Report of the Indian Hemp Drugs Commission, 1894-1895 - Volume IV
Year: 1894
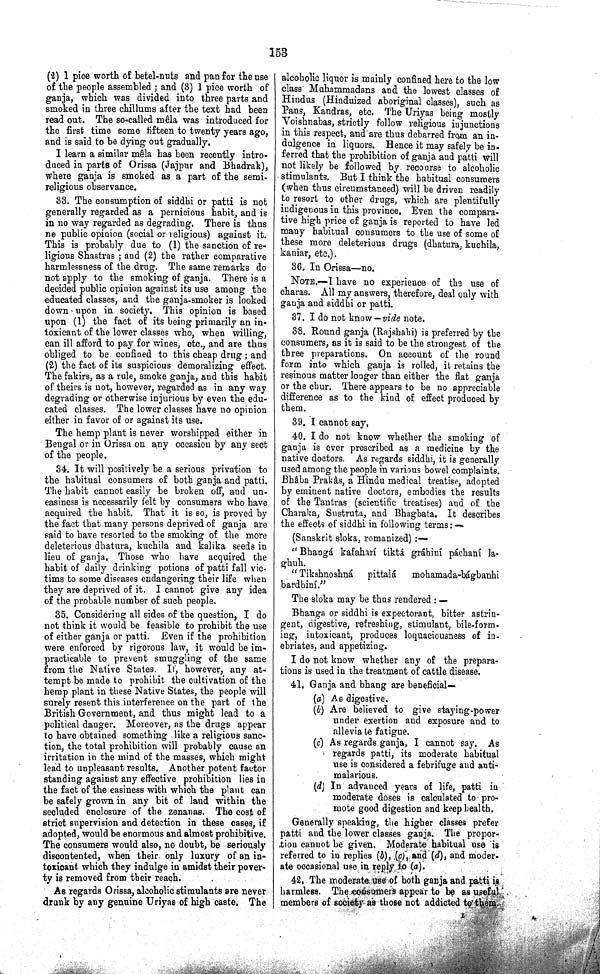
153
(2) 1 pice worth of betel-nuts and pan for the use
of the people assembled; and (3) 1 pice worth of
ganja, which was divided into three parts and
smoked in three chillums after the text had been
read out. The so-called mêla was introduced for
the first time some fifteen to twenty years ago,
and is said to be dying out gradually.
I learn a similar mêla has been recently intro¬
duced in parts of Orissa (Jajpur and Bhadrak),
where ganja is smoked as a part of the semi-
religious observance.
33. The consumption of siddhi or patti is not
generally regarded as a pernicious habit, and is
in no way regarded as degrading. There is thus
no public opinion (social or religious) against it.
This is probably due to (1) the sanction of re¬
ligious Shastras; and (2) the rather comparative
harmlessness of the drug. The same remarks do
not apply to the smoking of ganja. There is a
decided public opinion against its use among the
educated classes, and the ganja-smoker is looked
down upon in society. This opinion is based
upon (1) the fact of its being primarily an in¬
toxicant of the lower classes who, when willing,
can ill afford to pay for wines, etc., and are thus
obliged to be confined to this cheap drug; and
(2) the fact of its suspicious demoralizing effect.
The fakirs, as a rule, smoke ganja, and this habit
of theirs is not, however, regarded as in any way
degrading or otherwise injurious by even the edu¬
cated classes. The lower classes have no opinion
either in favor of or against its use.
The hemp plant is never worshipped either in
Bengal or in Orissa on any occasion by any sect
of the people.
34. It will positively be a serious privation to
the habitual consumers of both ganja and patti.
The habit cannot easily be broken off, and un¬
easiness is necessarily felt by consumers who have
acquired the habit. That it is so, is proved by
the fact that many persons deprived of ganja are
said to have resorted to the smoking of the more
deleterious dhatura, kuchila and kalika seeds in
lieu of ganja. Those who have acquired the
habit of daily drinking potions of patti fall vic¬
tims to some diseases endangering their life when
they are deprived of it. I cannot give any idea
of the probable number of such people.
35. Considering all sides of the question, I do
not think it would be feasible to prohibit the use
of either ganja or patti. Even if the prohibition
were enforced by rigorous law, it would be im¬
practicable to prevent smuggling of the same
from the Native States. It, however, any at¬
tempt be made to prohibit the cultivation of the
hemp plant in these Native States, the people will
surely resent this interference on the part of the
British Government, and thus might lead to a
political danger. Moreover, as the drugs appear
to have obtained something like a religious sanc¬
tion, the total prohibition will probably cause an
irritation in the mind of the masses, which might
lead to unpleasant results. Another potent factor
standing against any effective prohibition lies in
the fact of the easiness with which the plant can
be safely grown in any bit of laud within the
secluded enclosure of the zenanas. The cost of
strict supervision and detection in these cases, if
adopted, would be enormous and almost prohibitive.
The consumers would also, no doubt, be seriously
discontented, when their only luxury of an in¬
toxicant which they indulge in amidst their pover¬
ty is removed from their reach.
As regards Orissa, alcoholic stimulants are never
drunk by any genuine Uriyas of high caste. The
alcoholic liquor is mainly confined here to the low
class Muhammadans and the lowest classes of
Hindus (Hinduized aboriginal classes), such as
Pans, Kandras, etc. The Uriyas being mostly
Voishnabas, strictly follow religious injunctions
in this respect, and are thus debarred from an in¬
dulgence in liquors. Hence it may safely be in-
ferred that the prohibition of ganja and patti will
not likely be followed by recourse to alcoholic
stimulants. But I think the habitual consumers
(when thus circumstanced) will be driven readily
to resort to other drugs, which are plentifully
indigenous in this province. Even the compara¬
tive high price of ganja is reported to have led
many habitual consumers to the use of some of
these more deleterious drugs (dhatura, kuchila,
kaniar, etc.).
36. In Orissa—no.
NOTE.—I have no experience of the use of
charas. All my answers, therefore, deal only with
gauja and siddhi or patti.
37. I do not know - vide note.
38. Round ganja (Rajshahi) is preferred by the
consumers, as it is said to be the strongest of the
three preparations. On account of the round
form into which ganja is rolled, it retains the
resinous matter longer than either the flat ganja
or the chur. There appears to be no appreciable
difference as to the kind of effect produced by
them.
39. I cannot say,
40. I do not know whether the smoking of
ganja is ever prescribed as a medicine by the
native doctors. As regards siddhi, it is generally
used among the people in various bowel complaints.
Bhâba Prakâs, a Hindu medical treatise, adopted
by eminent native doctors, embodies the results
of the Tantras (scientific treatises) and of the
Charaka, Sustruta, and Bhagbata. It describes
the effects of siddhi in following terms:—
(Sanskrit sloka, romanized):—
"Bhangá kafaharí tiktá gráhiní páchaní la-
ghuh.
"Tikshnoshná pittalá mohamada-bágbanhi
bardhiní."
The sloka may be thus rendered:—
Bhanga or siddhi is expectorant, bitter astrin¬
gent, digestive, refreshing, stimulant, bile-form¬
ing, intoxicant, produces loquaciousness of in¬
ebriates, and appetizing.
I do not know whether any of the prepara¬
tions is used in the treatment of cattle disease.
41. Ganja and bhang are beneficial—
(a) As digestive.
(b) Are believed to give staying-power
under exertion and exposure and to
allevia te fatigue.
(c) As regards ganja, I cannot say. As
regards patti, its moderate habitual
use is considered a febrifuge and anti-
malarious.
(d) In advanced years of life, patti in
moderate doses is calculated to pro¬
mote good digestion and keep health.
Generally speaking, the higher classes prefer
patti and the lower classes ganja. The propor¬
tion cannot be given. Moderate habitual use is
referred to in replies (b), (c), and (d), and moder¬
ate occasional use in reply to (a).
42. The moderate use of both ganja and patti is
harmless. The consumers appear to be as useful
members of society as those not addicted to them.
Z